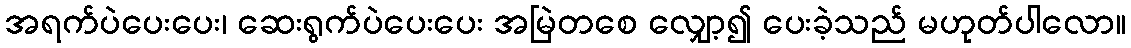
အရက်ပဲပေးပေး၊ ဆေးရွက်ပဲပေးပေး အမြဲတစေ လျှော့၍ ပေးခဲ့သည် မဟုတ်ပါလော။